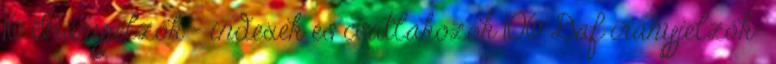
16 Irányjelzők - indexek és csatlakozók 106 Daf irányjelzők-